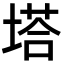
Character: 塔